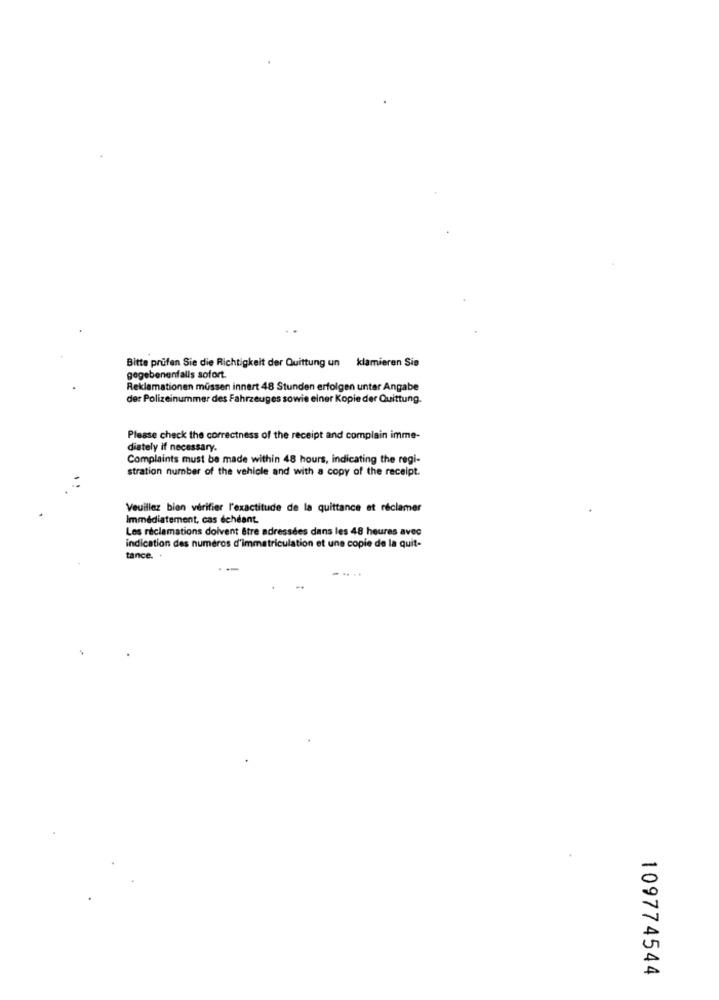
Bitte prüfen Sie die Richtigkeit der Quittung un klamieren Sie
gegebenenfalls sofort.
Reklamationen müssen innert 48 Stunden erfolgen unter Angabe
der Polizeinummer des Fahrzeuges sowie einer Kopie der Quittung.
Please check the correctness of the receipt and complain imme-
diately if necessary.
Complaints must be made within 48 hours, indicating the regi-
stration number of the vehicle and with a copy of the receipt.
Veuillez bien vérifier l'exactitude de la quittance et réclamer
Immédiatement, cas échéant
Les réclamations doivent être adressées dans les 48 heures avec
indication des numéros d'immatriculation et une copie de la quit-
tance. .
109774544